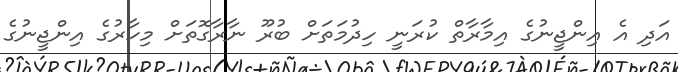
އަދި އެ އިންޖީނުގެ އިމާރާތް ކުރަނީ ހިދުމަތަށް ބުރޫ ނާރާގޮތަށް މިހާރުގެ އިންޖީނުގެ